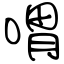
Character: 喟